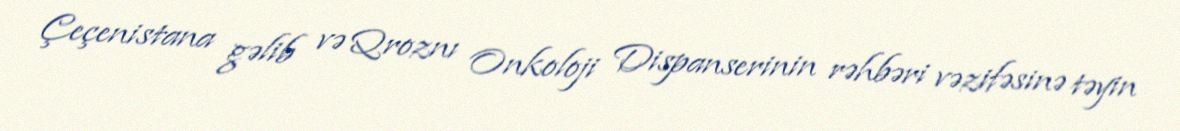
Çeçenistana gəlib və Qroznı Onkoloji Dispanserinin rəhbəri vəzifəsinə təyin